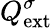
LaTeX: Q_{\mathrm{{ext}}}^{\sigma}